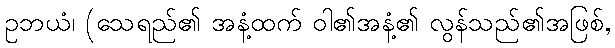
ဥဘယံ၊ (သေရည်၏ အနံ့ထက် ဝါ၏အနံ့၏ လွန်သည်၏အဖြစ်,